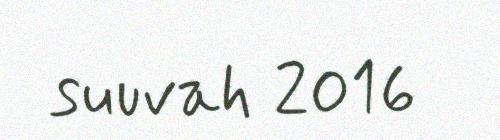
suuvah 2016